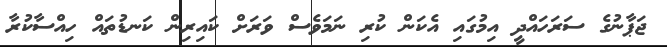
ޖަޕާނުގެ ސަރަހައްދީ އިމުގައި އެކަން ކުރި ނަމަވެސް ވަރަށް ކައިރިން ކަނޑުތައް ހިއްސާކުރާ